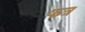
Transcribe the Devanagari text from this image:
फत्र